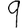
Digit: 9